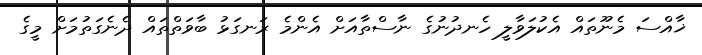
ޚާއްސަ މެނޫތައް އެކުލަވާލީ ހެނދުނުގެ ނާސްތާއަށް އެންމެ ރަނގަޅު ބާވަތްތައް ދެނެގަތުމަށް މީގެ